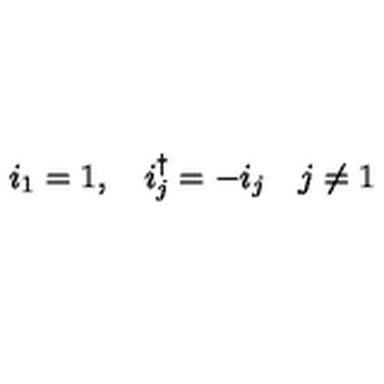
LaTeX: i _ { 1 } = 1 , \quad i _ { j } ^ { \dagger } = - i _ { j } \quad j \neq 1